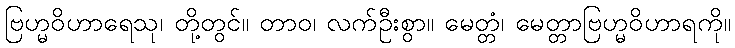
ဗြဟ္မဝိဟာရေသု၊ တို့တွင်။ တာဝ၊ လက်ဦးစွာ။ မေတ္တံ၊ မေတ္တာဗြဟ္မဝိဟာရကို။